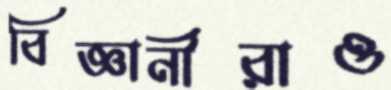
বিজ্ঞানীরাও